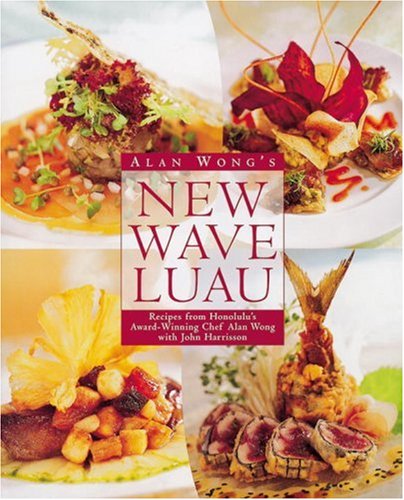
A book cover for Alan Wong's New Wave Luau: Recipes from Honolulu's Award-Winning Chef; Alan Wong; Cookbooks, Food & Wine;